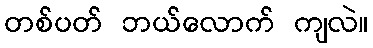
တစ်ပတ် ဘယ်လောက် ကျလဲ။